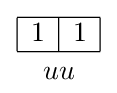
{{\begin{array}{|c|c|}\hline 1&1\\\hline \end{array}} \atop uu}